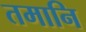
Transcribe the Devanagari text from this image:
तमानि